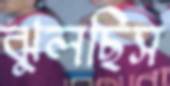
ঝুলছিস